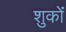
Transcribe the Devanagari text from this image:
शुकों